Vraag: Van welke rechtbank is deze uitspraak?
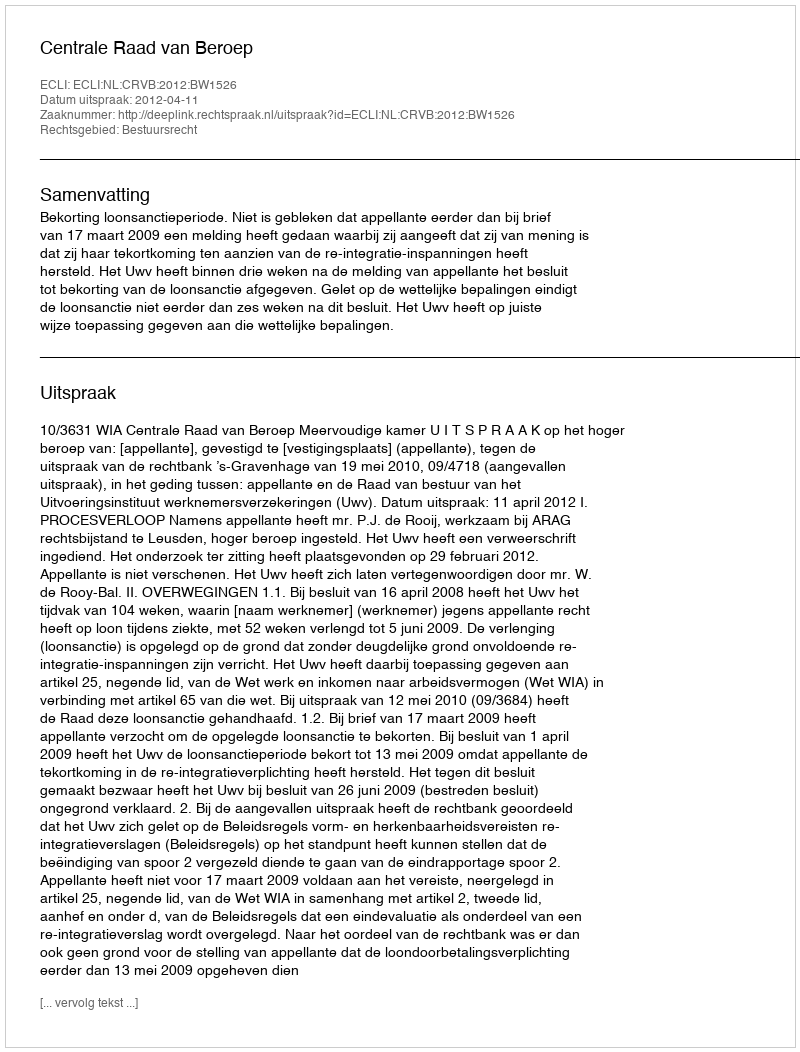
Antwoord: Centrale Raad van Beroep